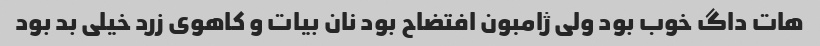
هات داگ خوب بود ولی ژامبون افتضاح بود نان بیات و کاهوی زرد خیلی بد بود